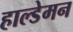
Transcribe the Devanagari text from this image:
हाल्डेमन